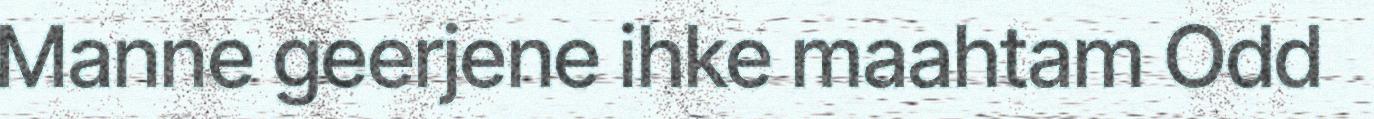
Manne geerjene ihke maahtam Odd